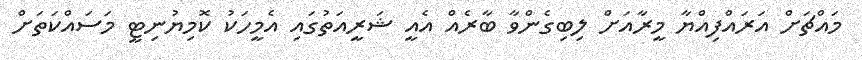
މައްޗަށް އަރައްފިއްޔާ މީރާއަށް ލިބިގެންވާ ބާރެއް އެއީ ޝަރީއަތުގައި އެމީހަކު ކޮމިޔުނިޓީ މަސައްކަތަށް